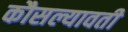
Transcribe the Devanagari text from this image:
कौसल्यावती